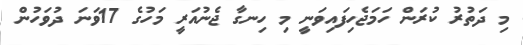
މި ދަތުރު ކުރަން ހަމަޖެހިފައިވަނީ މި ހިނގާ ޖެނުއަރީ މަހުގެ 17ވަނަ ދުވަހުން